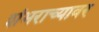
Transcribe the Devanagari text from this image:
शंभराच्यावर